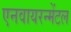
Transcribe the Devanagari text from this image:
एनवायरन्मेंटल